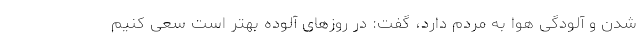
شدن و آلودگی هوا به مردم دارد، گفت: در روزهای آلوده بهتر است سعی کنیم